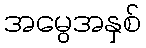
အမွေအနှစ်